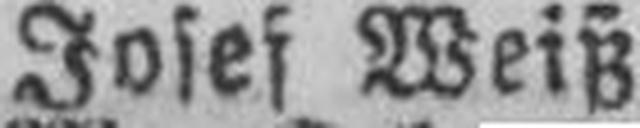
Josef Weiß